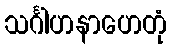
သင်္ဂါဟနာဟေတုံ